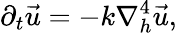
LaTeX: \partial_{t}{\vec{u}}=-k\nabla_{h}^{4}\vec{u},